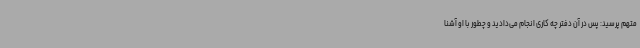
متهم پرسید: پس در آن دفتر چه کاری انجام می‌دادید و چطور با او آشنا